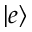
| e \rangle